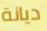
ديانة